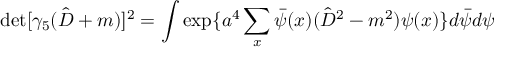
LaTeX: \operatorname * { d e t } [ \gamma _ { 5 } ( \hat { D } + m ) ] ^ { 2 } = \int \exp \{ a ^ { 4 } \sum _ { x } \bar { \psi } ( x ) ( \hat { D } ^ { 2 } - m ^ { 2 } ) \psi ( x ) \} d \bar { \psi } d \psi